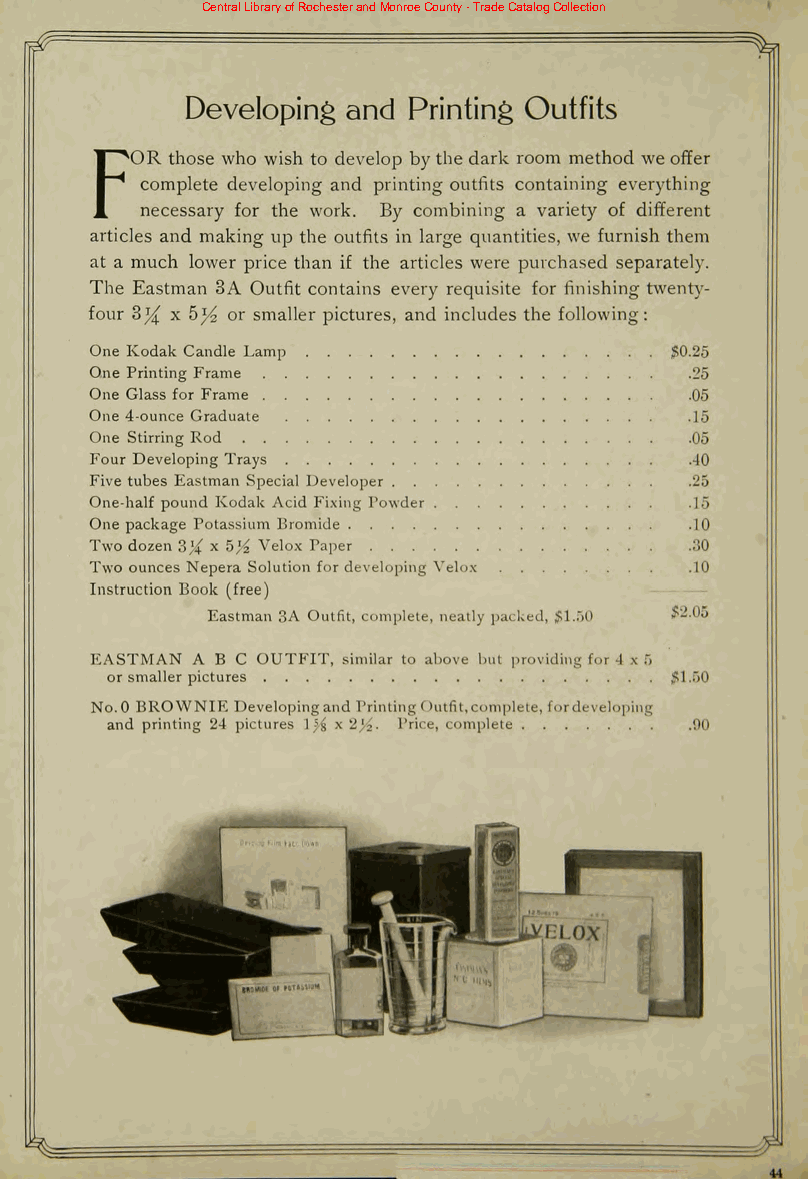
Central Library of Rochester and Monroe County - Trade Catalog Collection
 Developing and Printing Outfits
 those who wish to develop bythe dark room method we offer
 FOR
 complete developing and printing outfits containing everything
 necessary for the work. By combining a variety of different
 articles and making up the outfits in large quantities, we furnish them
 at a much lower price than if the articles were purchased separately.
 The Eastman 3A Outfit contains every requisite for finishing twenty-
 four 3J/l x hy-z or smaller pictures, and includes the following:
 One Kodak Candle Lamp                 $0.25
 One Printing Frame                      .25
 One Glass for Frame                     .05
 One 4-ounce Graduate                    .15
 One Stirring Rod                        .05
 Four Developing Trays                   .40
 Five tubes Eastman Special Developer    :2o
 One-half pound Kodak Acid Fixing Powder .15
 One package Potassium Bromide           .10
 Two dozen 3% x 5j^ Velox Paper          .30
 Two ounces Nepera Solution for developing Velox .10
 Instruction Book (free)
 Eastman 3A Outfit, complete, neatly packed, $1.50 $2.05
 EASTMAN ABC OUTFIT, similar to above but providing for -I x 5
 orsmaller pictures                   $1.50
 No.O BROWNIE DevelopingandPrinting< 'utfit,complete, fordeveloping
 and printing 24 pictures 15.^ x2)4- Price, complete .'.)()